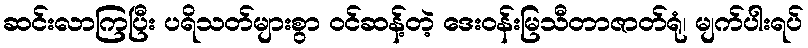
ဆင်းလာကြပြီး ပရိသတ်များစွာ ဝင်ဆန့်တဲ့ ဒေးဝန်းမြသီတာဇာတ်ရုံ၊ မျက်ပါးရပ်